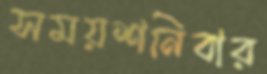
সময়শনিবার